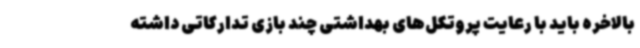
بالاخره باید با رعایت پروتکل‌های بهداشتی چند بازی تدارکاتی داشته